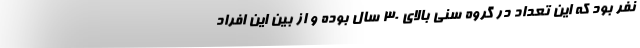
نفر بود که این تعداد در گروه سنی بالای ۳۰ سال بوده و از بین این افراد